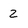
Character: 2